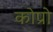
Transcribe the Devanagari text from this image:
कोप्रो